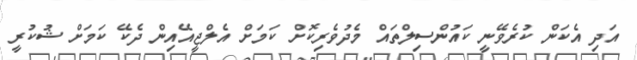
އަދި އެކަން ކުރެވޭނީ ކައުންސިލްތައް މެދުވެރިކޮށް ކަމަށް އެލްޖީއޭއިން ދެކޭ ކަމަށް ޝުކުރީ